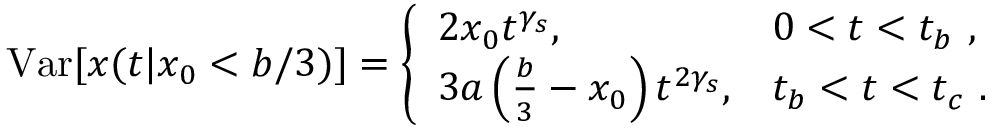
\mathrm { V a r } [ x ( t | x _ { 0 } < b / 3 ) ] = \left\{ \begin{array} { l l } { 2 x _ { 0 } t ^ { \gamma _ { s } } , } & { 0 < t < t _ { b } \ , } \\ { 3 a \left( \frac { b } { 3 } - x _ { 0 } \right) t ^ { 2 \gamma _ { s } } , } & { t _ { b } < t < t _ { c } \ . } \end{array} \right.